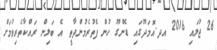
26 ޖުލައި 2016 އދ.އޮމަދޫގައި ޑެންގޫ ހުން ފެތުރެމުންދާތީ އެ ބަލިން ރައްކާތެރިވުމަށް